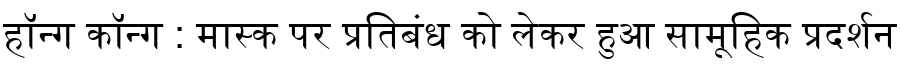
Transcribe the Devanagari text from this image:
हॉन्ग कॉन्ग : मास्क पर प्रतिबंध को लेकर हुआ सामूहिक प्रदर्शन